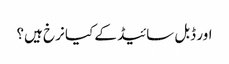
اور ڈبل سائیڈ کے کیا نرخ ہیں؟